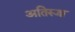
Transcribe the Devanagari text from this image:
अतिरूक्ष